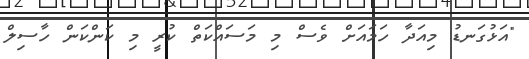
"އަޅުގަނޑު މިއަދާ ހަމައަށް ވެސް މި މަސައްކަތް ކުރީ މި ކަންކަން ހާސިލް